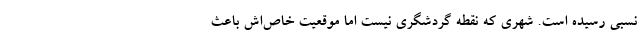
نسبی رسیده است. شهری که نقطه گردشگری نیست اما موقعیت خاص‌اش باعث